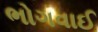
ભોગવાઈ